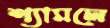
শ্যামলে